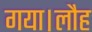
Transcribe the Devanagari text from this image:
गया।लौह